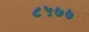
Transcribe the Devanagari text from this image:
८५७७